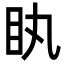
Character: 䀓